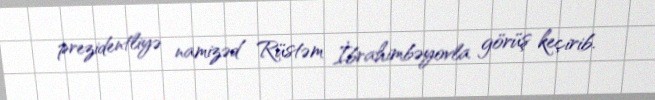
prezidentliyə namizəd Rüstəm İbrahimbəyovla görüş keçirib.